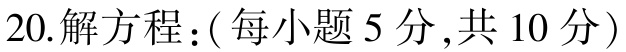
20.解方程：(每小题5分,共10分)